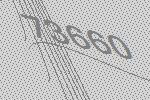
73660